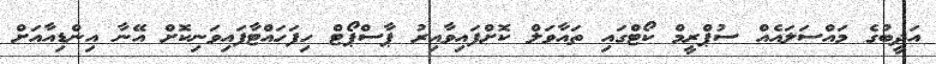
އަދީބުގެ މައްސަލައެއް ސުޕްރީމް ކޯޓްގައި ތައާވަލް ކޮށްފައިވާއިރު ޕާސްޕޯޓް ހިފަހައްޓާފައިވަނިކޮށް އޭނާ އިންޑިއާއަށް